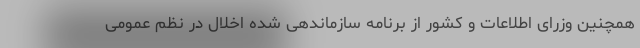
همچنین وزرای اطلاعات و کشور از برنامه سازماندهی شده اخلال در نظم عمومی